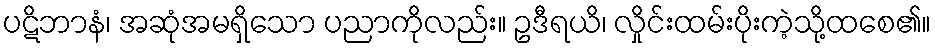
ပဋိဘာနံ၊ အဆုံအမရှိသော ပညာကိုလည်း။ ဥဒီရယိ၊ လှိုင်းထမ်းပိုးကဲ့သို့ထစေ၏။